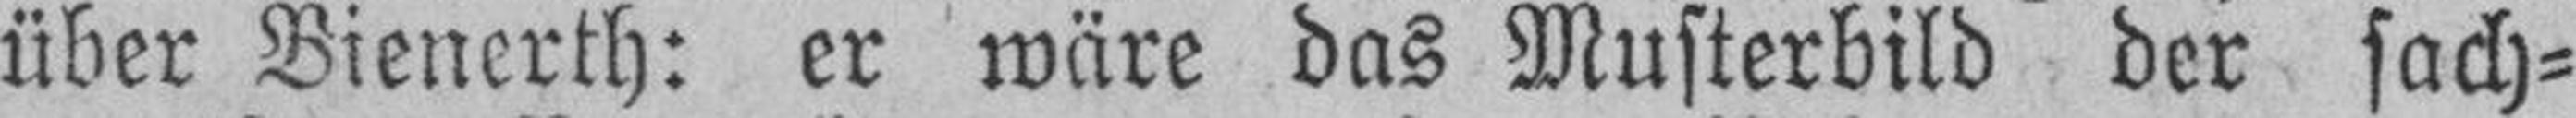
über Bienerth: er wäre das Musterbild der sach¬